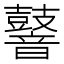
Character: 𪔧